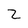
Character: 2